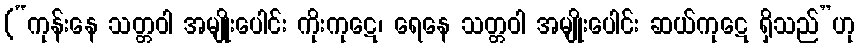
(“ကုန်းနေ သတ္တဝါ အမျိုးပေါင်း ကိုးကုဋေ၊ ရေနေ သတ္တဝါ အမျိုးပေါင်း ဆယ်ကုဋေ ရှိသည်”ဟု